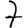
Digit: 7